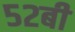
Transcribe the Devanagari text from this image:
५२बी